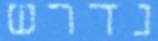
נדרש